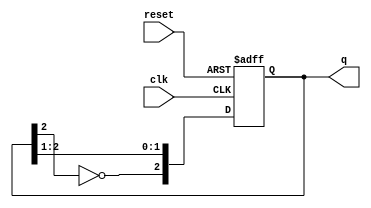
module johnson_counter #(
    parameter N = 3 // Number of flip-flops
) (
    input wire clk,      // Clock input
    input wire reset,    // Asynchronous reset
    output reg [N-1:0] q // Counter output
);

    always @(posedge clk or posedge reset) begin
        if (reset) begin
            q <= 0; // Reset the counter to 0
        end else begin
            // Johnson counter logic
            q <= {~q[N-1], q[N-1:N-2]}; // Shift and feed back inverted last bit
        end
    end

endmodule